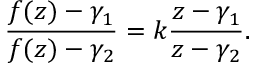
{ \frac { f ( z ) - \gamma _ { 1 } } { f ( z ) - \gamma _ { 2 } } } = k { \frac { z - \gamma _ { 1 } } { z - \gamma _ { 2 } } } .